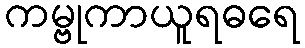
ကမ္ဗုကာယူရဓရေ